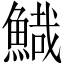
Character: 𩹯